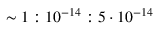
\sim 1 : 1 0 ^ { - 1 4 } : 5 \cdot 1 0 ^ { - 1 4 }